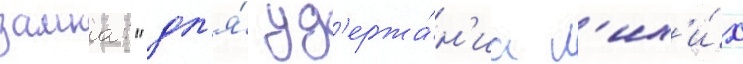
замка: "дл'я́ уд'ержа́н'иа л'их'и́х